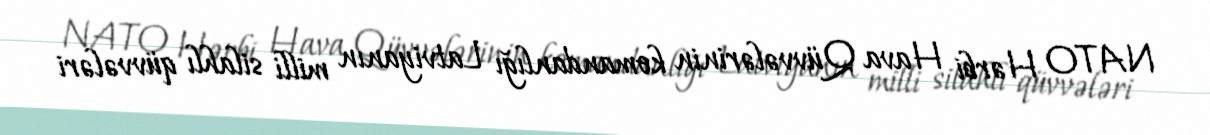
NATO Hərbi Hava Qüvvələrinin komandanlığı Latviyanın milli silahlı qüvvələri